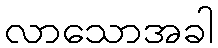
လာသောအခါ